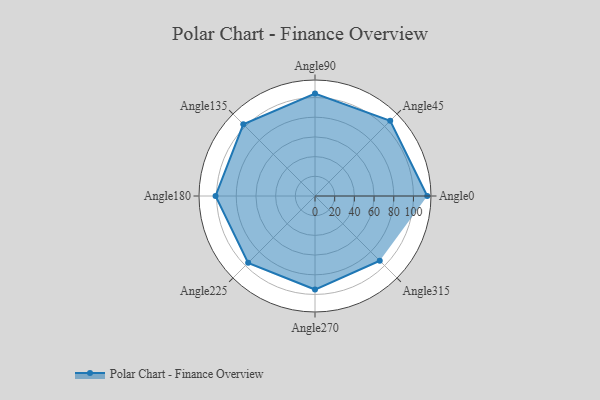
{"axis": {"x": "Angle", "y": "Radius"}, "legend": [""], "data": [{"x": "Angle0", "y": 114.0, "type": ""}, {"x": "Angle45", "y": 108.0, "type": ""}, {"x": "Angle90", "y": 104.0, "type": ""}, {"x": "Angle135", "y": 103.0, "type": ""}, {"x": "Angle180", "y": 101.0, "type": ""}, {"x": "Angle225", "y": 96.0, "type": ""}, {"x": "Angle270", "y": 95.0, "type": ""}, {"x": "Angle315", "y": 93.0, "type": ""}]}